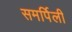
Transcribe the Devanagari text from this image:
समर्पिली